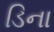
ડિના